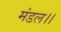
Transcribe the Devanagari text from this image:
मंडल।।